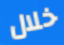
خلال